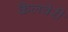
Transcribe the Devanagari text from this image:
कैलवेरी